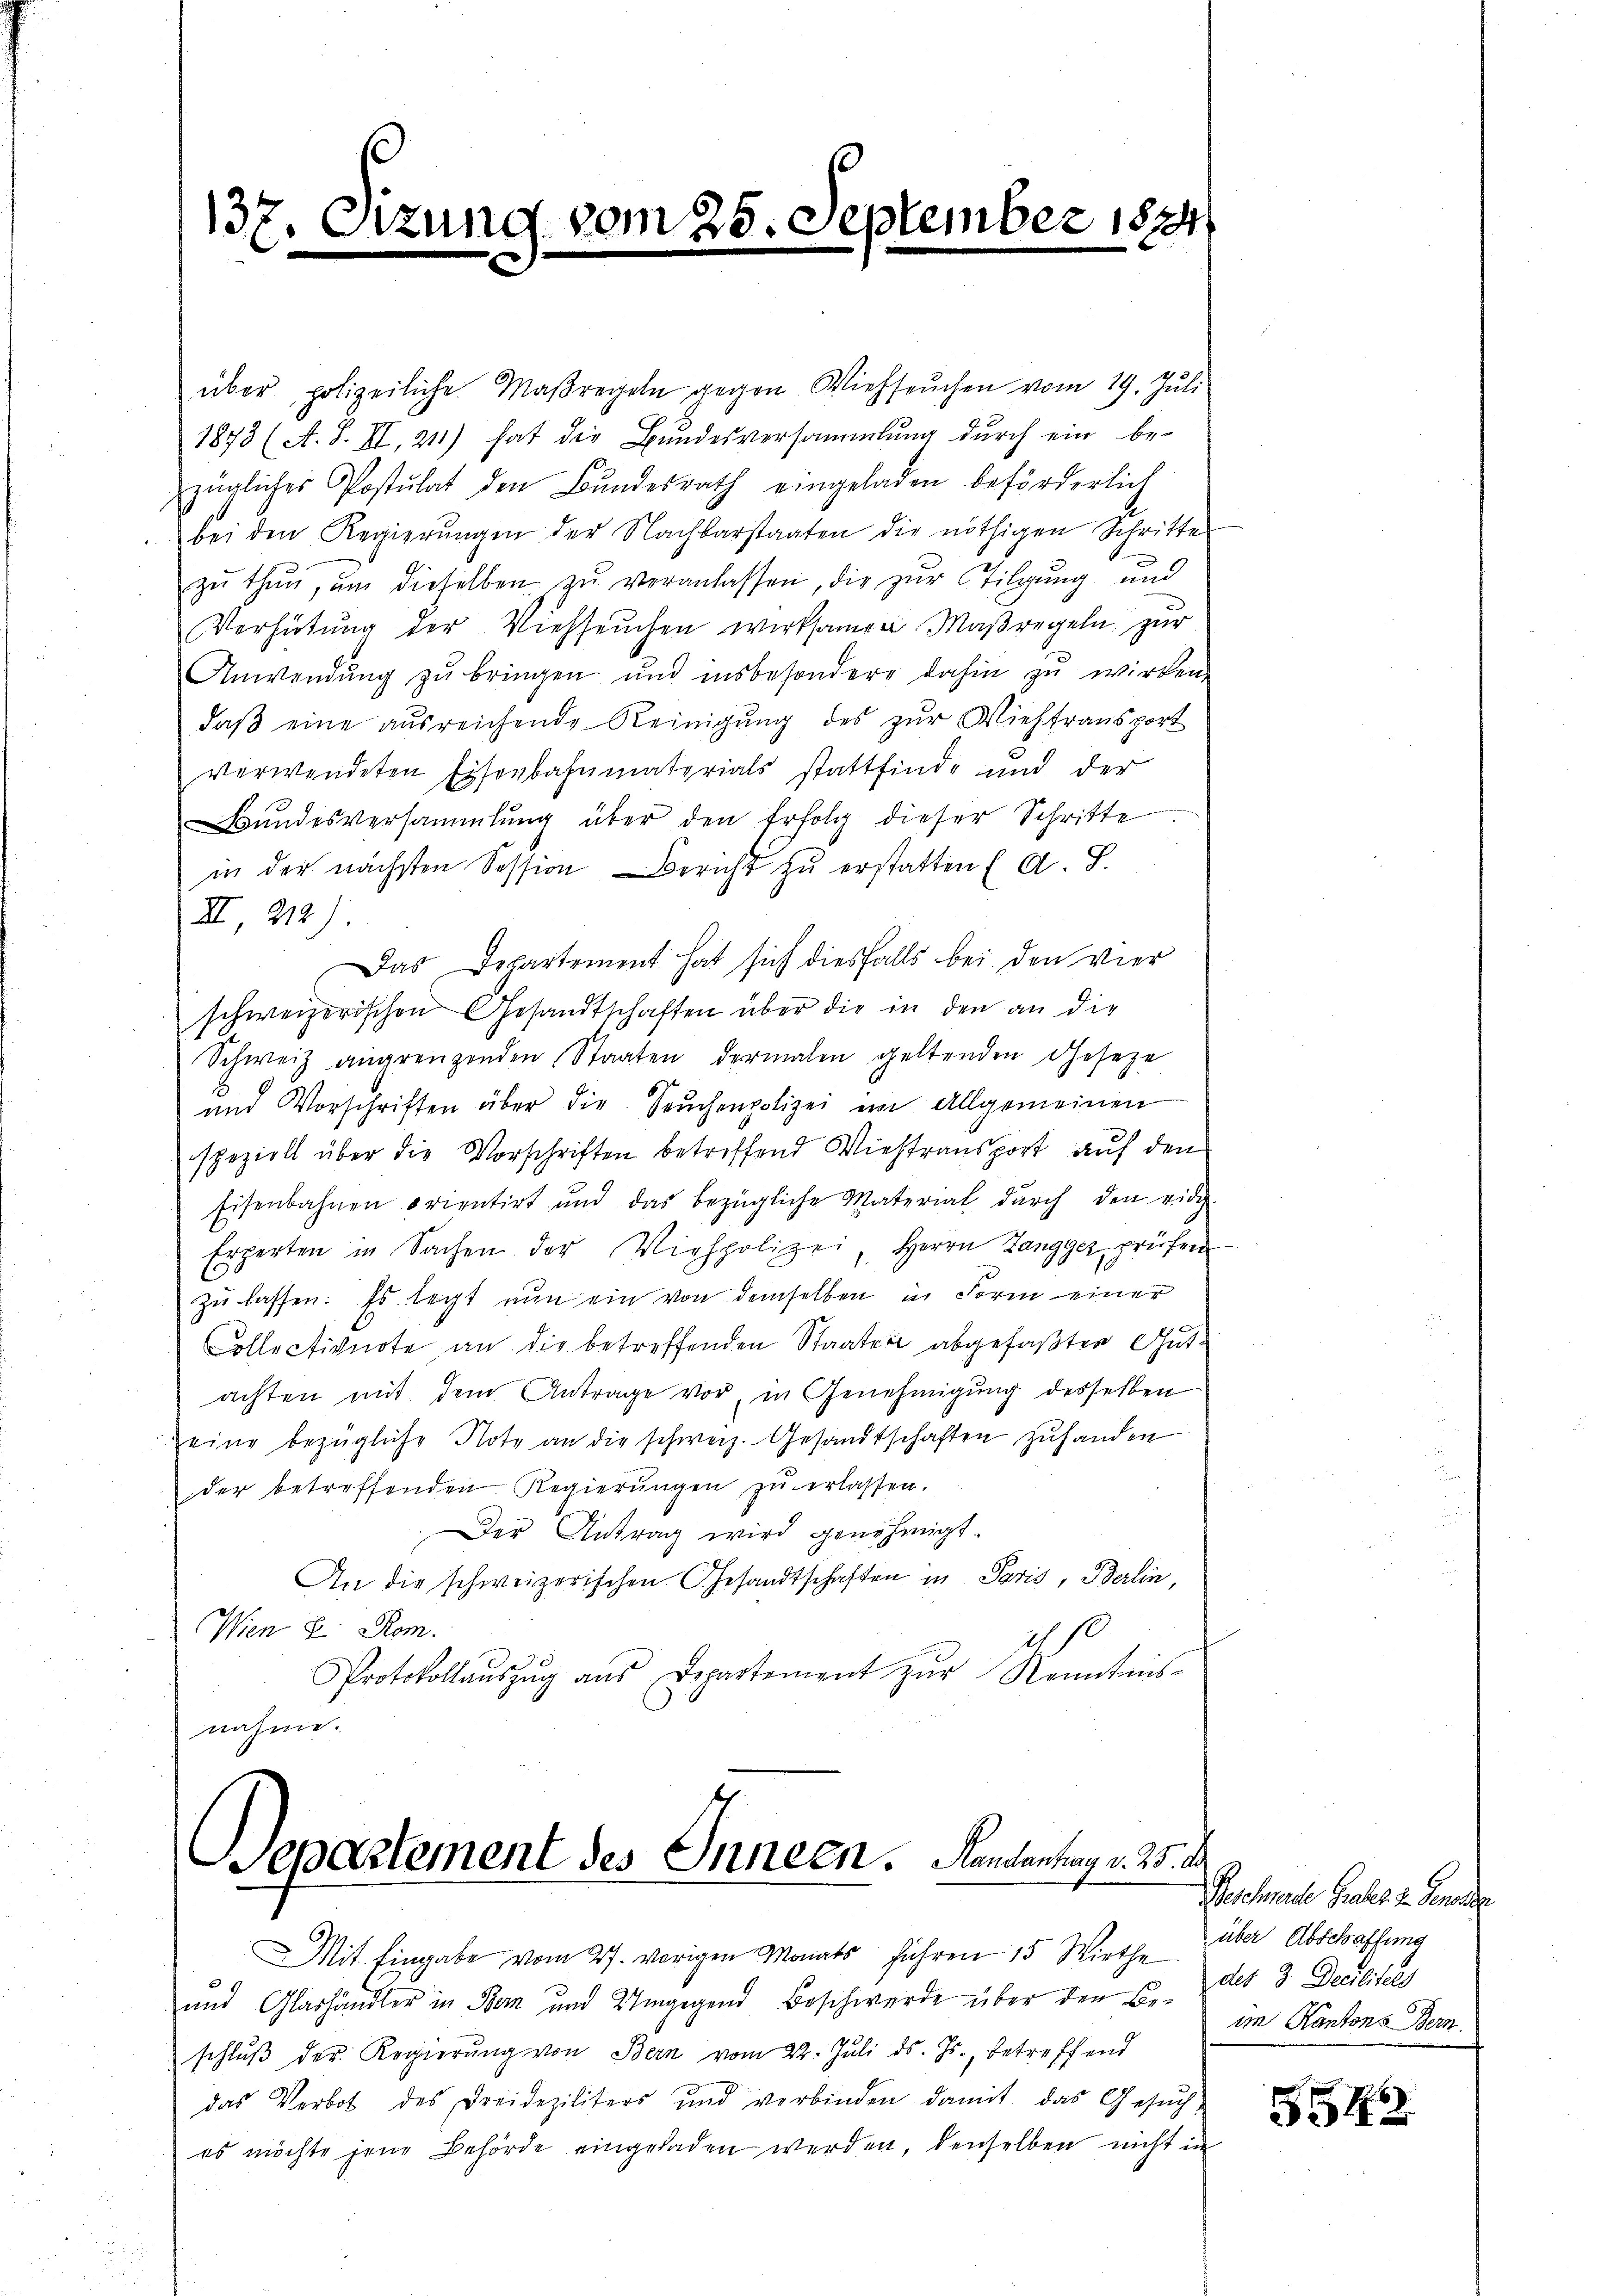
137. Sizum

über polizeiliche Maßregeln gegen Viehseuchen vom 19. Jŭli
1873 (A. S. II, 211) hat die Bundesversammlung durch ein be-
zügliches Postulat den Bŭndesrath eingeladen beförderlich
bei den Regierŭngen der Nachbarstaaten die nöthigen Schritte
zŭ thŭn, ŭm dieselben zŭ veranlassen, die zur Tilgung und
Verhütung der Viehseuchen wirksamen Maßregeln, zur
Anwendung zu bringen und insbesondere dahin zu wirken.
daβ eine ausreichende Reinigŭng des zŭr Viehtransport
verwendeten Eisenbahnmaterials stattfinde und der
Bŭndesversammlung über den Erfolg dieser Schritte
in der nächsten Session Bericht zu erstatten ( A. S.
II 212).
Das Departement hat sich diesfalls bei den vier
schweizerischen Gesandtschaften über die in den an die
Schweiz angrenzenden Staaten dermalen geltenden Geseze
und Vorschriften über die Seuchenpolizei im Allgemeinen
speziell über die Vorschriften betreffend Viehtransport auf den
Eisenbahnen orientirt und das bezügliche Material dŭrch den eidig
Erperten in Sachen der Viehpolizei, Herrn Zangger prüfen
zŭ lassen. Es legt nun ein von demselben in Form einer
Collectivnote an die betreffenden Staater abgefaßten Gutachten mit dem Antrage vor, in Genehmigung desselben
Zeine bezügliche Note an die schweiz. Gesandtschaften zuhanden
der betreffenden Regierŭngen zŭ erlassen.
Der Antrag wird genehmigt.
An die schweizerischen Gesandtschaften in Paris, Berlin,
Wien E. Rom.
dt s
Protokollaŭszŭg aŭs Departement zŭr Kenntnis-
nahme.

vom 25. September 1844

Departement des Innern. Handentrag v. 25. d.

MMit Eingabe vom 27. vorigen Monats Jahren 15. Wirthe über Abschaffung
und Glashändler in Bern und Umgegend Beschwerde über den 10. des 3. Decilitels
schlŭβ der Regierŭng von Bern vom 22. Juli d. Js., betreffend
das Verbot des Dreideziliters und verbinden damit das Gesŭch
es möchte jene Behörde eingeladen werden, denselben nicht in

Beschmache Gutes z. Gener
im Kantons Bern.

554